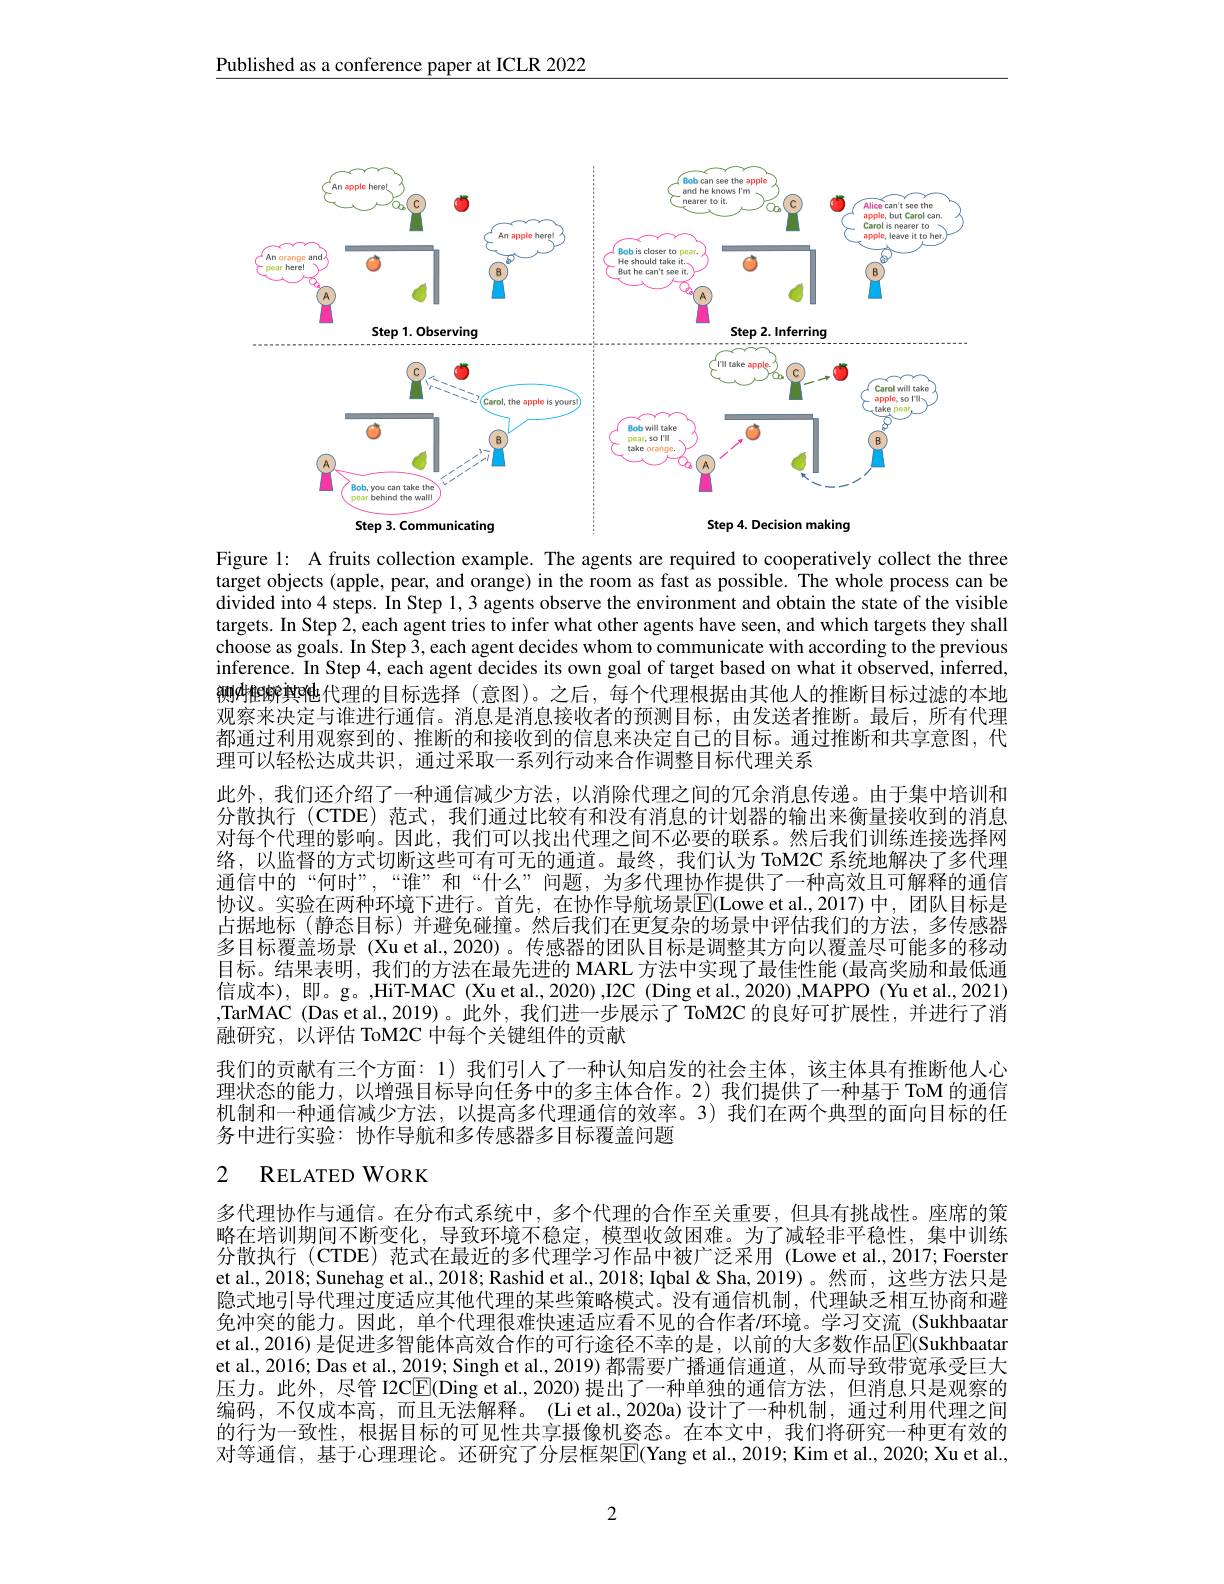
Published as a conference paper at ICLR 2022

<FigureHere>

Figure 1: A fruits collection example. The agents are required to cooperatively collect the three target objects (apple, pear, and orange) in the room as fast as possible. The whole process can be divided into 4 steps. In Step 1, 3 agents observe the environment and obtain the state of the visible targets. In Step 2, each agent tries to infer what other agents have seen, and which targets they shall choose as goals. In Step 3, each agent decides whom to communicate with according to the previous inference. In Step 4, each agent decides its own goal of target based on what it observed, inferred, 侧$d$柶簖舆吨代理的目标选择(意图)。之后，每个代理根据由其他人的推断目标过滤的本地观察来决定与谁进行通信。消息是消息接收者的预测目标，由发送者推断。最后，所有代理都通过利用观察到的、推断的和接收到的信息来决定自己的目标。通过推断和共享意图，代理可以轻松达成共识，通过采取一系列行动来合作调整目标代理关系
此外，我们还介绍了一种通信减少方法，以消除代理之间的冗余消息传递。由于集中培训和分散执行(CTDE)范式，我们通过比较有和没有消息的计划器的输出来衡量接收到的消息对每个代理的影响。因此，我们可以找出代理之间不必要的联系。然后我们训练连接选择网络，以监督的方式切断这些可有可无的通道。最终，我们认为 ToM2C 系统地解决了多代理通信中的“何时”,“谁”和“什么”问题，为多代理协作提供了一种高效且可解释的通信协议。实验在两种环境下进行。首先，在协作导航场景$\overline{\mathrm{E}}($Lowe et al.2017)中，团队目标是占据地标(静态目标)并避免碰撞。然后我们在更复杂的场景中评估我们的方法，多传感器多目标覆盖场景 (Xu et al., 2020) 。传感器的团队目标是调整其方向以覆盖尽可能多的移动目标。结果表明，我们的方法在最先进的 MARL 方法中实现了最佳性能 (最高奖励和最低通信成本),即。g。,HiT-MAC (Xu et al.., 2020) ,I2C (Ding et al., 2020) ,MAPPO (Yu et al., 2021) ,TarMAC (Das et al.,2019)。此外，我们进一步展示了ToM2C 的良好可扩展性，并进行了消融研究，以评估 ToM2C 中每个关键组件的贡献
我们的贡献有三个方面：1) 我们引人了一种认知启发的社会主体，该主体具有推断他人心理状态的能力，以增强目标导向任务中的多主体合作。2) 我们提供了一种基于 ToM 的通信机制和一种通信减少方法，以提高多代理通信的效率。3)我们在两个典型的面向目标的任务中进行实验：协作导航和多传感器多目标覆盖问题

# 2 RELATED WORK

多代理协作与通信。在分布式系统中，多个代理的合作至关重要，但具有挑战性。座席的策略在培训期间不断变化，导致环境不稳定，模型收敛困难。为了减轻非平稳性，集中训练分散执行 (CTDE)范式在最近的多代理学习作品中被广泛采用 (Lowe et al.,2017;Foerster et al., 2018; Sunehag et al., 2018; Rashid et al., 2018; Iqbal& Sha, 2019)。然而，这些方法只是隐式地引导代理过度适应其他代理的某些策略模式。没有通信机制，代理缺乏相互协商和避免冲突的能力。因此，单个代理很难快速适应看不见的合作者/环境。学习交流 (Sukhbaatar et al., 2016) 是促进多智能体高效合作的可行途径不幸的是，以前的大多数作品$\overline{\mathrm{E}}$(Sukhbaatar et al., 2016; Das et al., 2019; Singh et al., 2019) 都需要广播通信通道，从而导致带宽承受巨大压力。此外，尽管 I2CE(Ding et al.,2020)提出了一种单独的通信方法，但消息只是观察的编码，不仅成本高，而且无法解释。(Liet al.,2020a)设计了一种机制，通过利用代理之间的行为一致性，根据目标的可见性共享摄像机姿态。在本文中，我们将研究一种更有效的对等通信，基于心理理论。还研究了分层框架$\overline{\mathrm{E}}($Yang et al., 2019; Kim et al., 2020; Xu et al.,

2